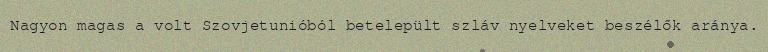
Nagyon magas a volt Szovjetunióból betelepült szláv nyelveket beszélők aránya.